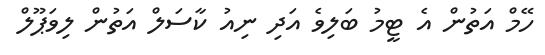
ހޭމް އަތުން އެ ޓީމު ބަލިވެ އަދި ނިއު ކާސަލް އަތުން ލިވަޕޫލް